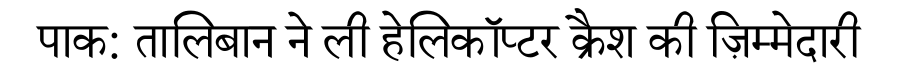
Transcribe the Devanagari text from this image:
पाक: तालिबान ने ली हेलिकॉप्टर क्रैश की ज़िम्मेदारी